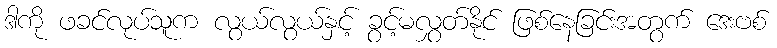
ဒါကို ဖခင်လုပ်သူက လွယ်လွယ်နှင့် ခွင့်မလွှတ်နိုင် ဖြစ်နေခြင်းအတွက် ဒေးဗစ်